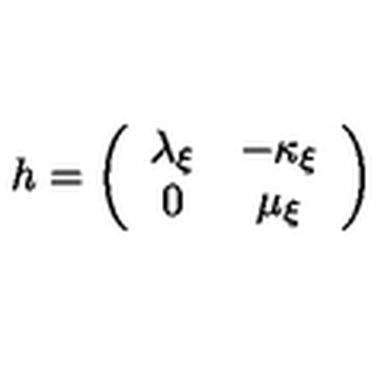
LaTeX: h = \left( \begin{array} { c c } { \lambda _ { \xi } } & { - \kappa _ { \xi } } \\ { 0 } & { \mu _ { \xi } } \\ \end{array} \right)